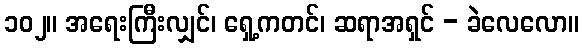
၁၀၂။ အရေးကြီးလျှင်၊ ရှေ့ကတင်၊ ဆရာအရှင် - ခဲလေလော။